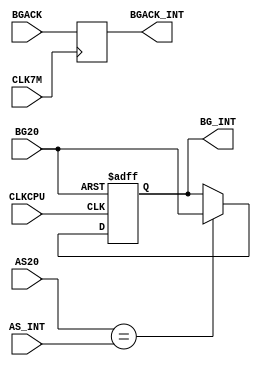
`timescale 1ns / 1ps
/*	
	Copyright (C) 2016-2019, Stephen J. Leary
	All rights reserved.
	
	This file is part of  TF53x (Terrible Fire Accelerator).

	This program is free software; you can redistribute it and/or
	modify it under the terms of the GNU General Public License
	as published by the Free Software Foundation; version 2 only.
	
	This program is distributed in the hope that it will be useful,
	but WITHOUT ANY WARRANTY; without even the implied warranty of
	MERCHANTABILITY or FITNESS FOR A PARTICULAR PURPOSE.  See the
	GNU General Public License for more details.

	You should have received a copy of the GNU General Public License
	along with this program; if not, write to the Free Software
	Foundation, Inc., 51 Franklin Street, Fifth Floor, Boston, MA  02110-1301, USA.
*/


module arb(

           input CLK7M,
           input CLKCPU,

           input AS20,
           input AS_INT,

           input BGACK,
           input BG20,

           output reg BG_INT,
           output reg BGACK_INT

       );

always @(posedge CLK7M) begin

    BGACK_INT <= BGACK;

end

// This block ensures that a BG is not issued
// in error when AS and AS20 are in different
// states. This can lead to confusion over
/// whether a bus cycle is already in progress,
always @(posedge CLKCPU or posedge BG20) begin

    if (BG20 == 1'b1) begin

        BG_INT <= 1'b1;

    end else begin

        if (AS20 == AS_INT) begin

            BG_INT <= BG20;

        end

    end

end

endmodule